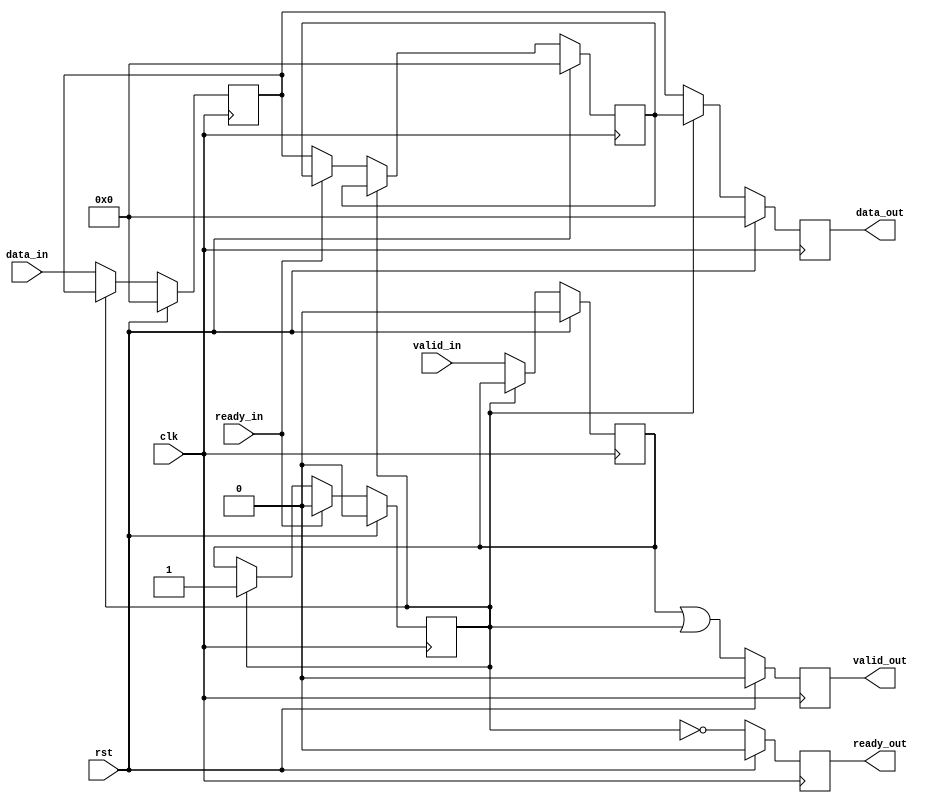
module pipeline_skid
#(
	parameter DW = 8
)
(
	input clk,rst,
	input valid_in,
	input ready_in,
	input [DW-1:0] data_in,
	output reg valid_out,
	output reg ready_out,
	output reg [DW-1:0] data_out
);

	reg valid_reg, valid_skid;
	reg ready_reg;
	reg [DW-1:0] data_reg, data_skid;
	
	always @(posedge clk) begin
		if (rst==1'b1) begin
			valid_reg <= 1'b0;
			valid_skid <= 1'b0;
			ready_reg <= 1'b0;
			data_reg <= {DW{1'b0}};
			data_skid <= {DW{1'b0}};
			valid_out <= 1'b0;
			data_out <= {DW{1'b0}};
			ready_out <= 1'b0;
		end
		else begin
		
			ready_out = ~valid_skid;

			if (ready_out==1'b1) begin
				valid_reg <= valid_in;
				data_reg <= data_in;
				if (ready_in==1'b0) begin
					valid_skid <= valid_reg;
					data_skid <= data_reg;
				end
			end
			
			if (ready_in==1'b1) begin
				valid_skid <= 1'b0;
			end
			
			valid_out <= valid_reg || valid_skid;
			data_out <= (valid_skid==1'b1) ? data_skid : data_reg;
			
		end
	end
endmodule